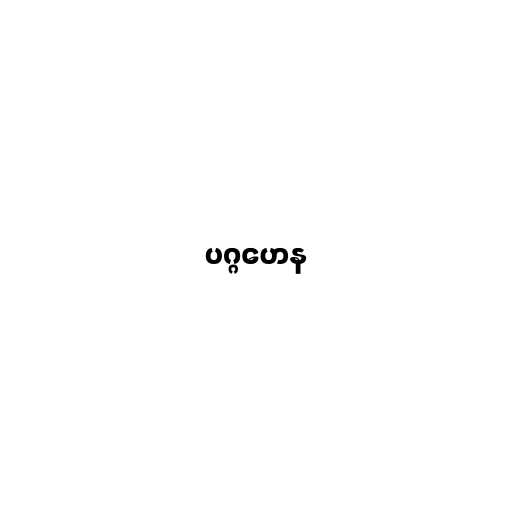
ပဂ္ဂဟေန